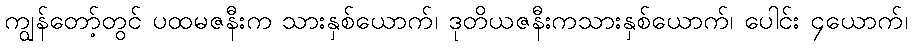
ကျွန်တော့်တွင် ပထမဇနီးက သားနှစ်ယောက်၊ ဒုတိယဇနီးကသားနှစ်ယောက်၊ ပေါင်း ၄ယောက်၊